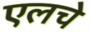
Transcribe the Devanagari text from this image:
एलचे